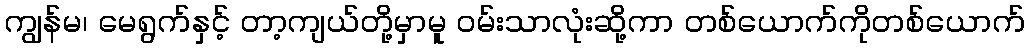
ကျွန်မ၊ မေရွက်နှင့် တာ့ကျယ်တို့မှာမူ ဝမ်းသာလုံးဆို့ကာ တစ်ယောက်ကိုတစ်ယောက်